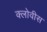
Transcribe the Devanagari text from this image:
क्लोवीस